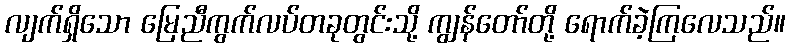
လျက်ရှိသော မြေညီကွက်လပ်တခုတွင်းသို့ ကျွန်တော်တို့ ရောက်ခဲ့ကြလေသည်။